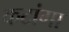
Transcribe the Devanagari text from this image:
कटांगा